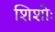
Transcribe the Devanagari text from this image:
शिशोः